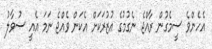
އެހެންވެ ސީމެގުން ރާއްޖެ ނެގުމުގެ އުޒުރަކަށް އެކަން ވެއްޖެ ނަމަ އެއީ ސުވާލު